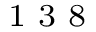
^ \textrm { \scriptsize 1 3 8 }